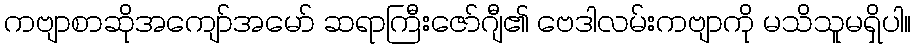
ကဗျာစာဆိုအကျော်အမော် ဆရာကြီးဇော်ဂျီ၏ ဗေဒါလမ်းကဗျာကို မသိသူမရှိပါ။